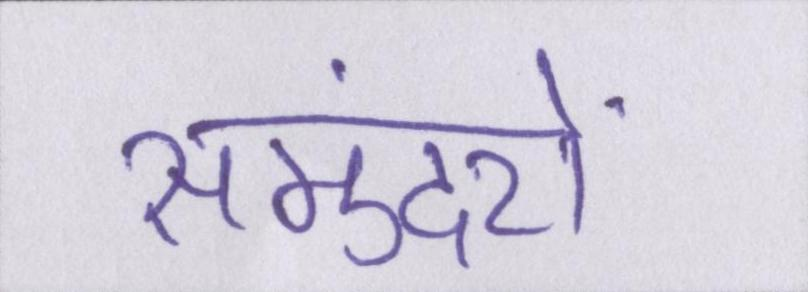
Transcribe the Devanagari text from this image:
समुंदरों